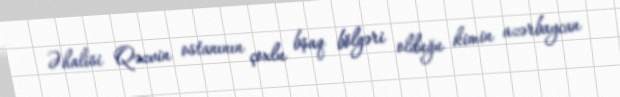
Əhalisi Qəzvin ostanının çoxlu bşaq bölgəri olduğu kimin azərbaycan